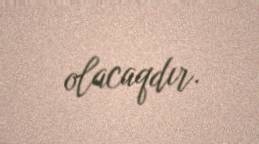
olacaqdır.